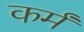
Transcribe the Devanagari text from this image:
कर्मं